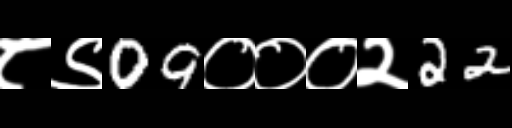
Text: ८९09०००२22